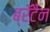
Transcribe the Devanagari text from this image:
ब्रॅटैन